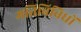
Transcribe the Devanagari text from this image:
गतिविविधों